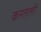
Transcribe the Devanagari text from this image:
करतली